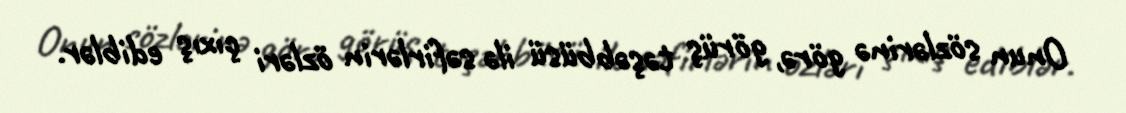
Onun sözlərinə görə, görüş təşəbbüsü ilə səfirlərin özləri çıxış ediblər.